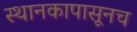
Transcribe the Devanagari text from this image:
स्थानकापासूनच